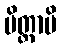
မိတ္တာပိ